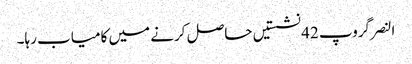
النصر گروپ 42 نشستیں حاصل کرنے میں کامیاب رہا۔